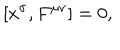
LaTeX: [ x ^ { \sigma } , F ^ { \mu \nu } ] = 0 ,